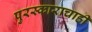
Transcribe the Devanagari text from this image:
पुरस्काराचाही